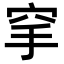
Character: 𥤺